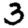
Digit: 3